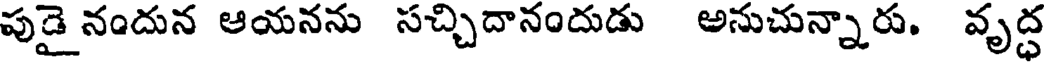
పుడై నందున ఆయనను సచ్చిదానందుడు అనుచున్నారు. వృద్ధ